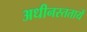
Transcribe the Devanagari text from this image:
अधीनस्ततायें